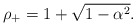
\begin{align*}\rho_+=1+\sqrt{1-\alpha^2}.\end{align*}